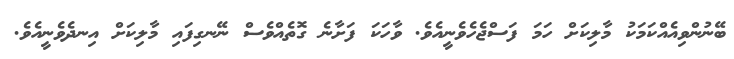
ބޭނުންވިއެއްކަމަކު މާލިކަށް ހަމަ ފަސްޖެހެވެނީއެވެ. ވާހަކަ ފަށާނެ ގޮތެއްވެސް ނޭނގިފައި މާލިކަށް އިނދެވެނީއެވެ.